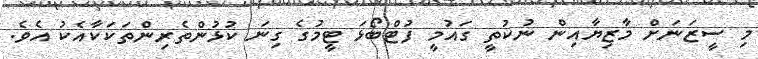
މި ސީޒަނަށް މާޒިޔާއިން ނުކުތީ ގައުމީ ފުޓްބޯޅަ ޓީމުގެ ގިނަ ކުޅުންތެރިންތަކަކާއެކު އެވެ.